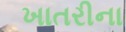
ખાતરીના